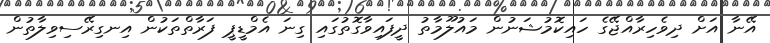
އޭނާ އަށް ދިވެހިރާއްޖޭގެ ހައިކޮމުޝަނުން މައުލޫމާތު ދީފައިވާގޮތުުގައި ގިނަ އެމްޑީޕީ ފަރާތްތަކުން އިނގިރޭސިވިލާތުން